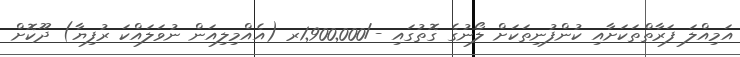
އަމިއްލަ ފަރާތްތަކަށާއި ކުންފުނިތަކަށް ލޯނުގެ ގޮތުގައި -/1